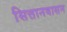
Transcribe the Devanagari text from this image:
सित्तानवासन